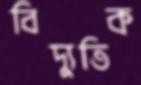
বিদ্যুতিক